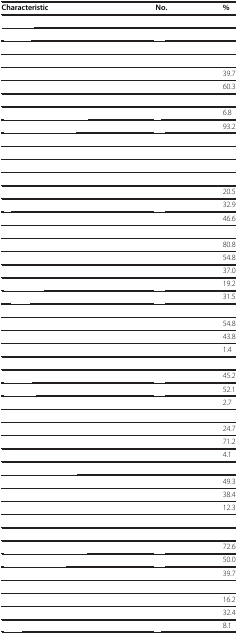
<table><thead><tr><td><b>Characteristic</b></td><td><b>No.</b></td><td><b>%</b></td></tr></thead><tbody><tr><td>[EMPTY_CELL]</td><td>[EMPTY_CELL]</td><td>[EMPTY_CELL]</td></tr><tr><td>[EMPTY_CELL]</td><td>[EMPTY_CELL]</td><td>[EMPTY_CELL]</td></tr><tr><td>[EMPTY_CELL]</td><td>[EMPTY_CELL]</td><td>[EMPTY_CELL]</td></tr><tr><td>[EMPTY_CELL]</td><td>[EMPTY_CELL]</td><td>[EMPTY_CELL]</td></tr><tr><td>[EMPTY_CELL]</td><td>[EMPTY_CELL]</td><td>39.7</td></tr><tr><td>[EMPTY_CELL]</td><td>[EMPTY_CELL]</td><td>60.3</td></tr><tr><td>[EMPTY_CELL]</td><td>[EMPTY_CELL]</td><td>[EMPTY_CELL]</td></tr><tr><td>[EMPTY_CELL]</td><td>[EMPTY_CELL]</td><td>6.8</td></tr><tr><td>[EMPTY_CELL]</td><td>[EMPTY_CELL]</td><td>93.2</td></tr><tr><td>[EMPTY_CELL]</td><td>[EMPTY_CELL]</td><td>[EMPTY_CELL]</td></tr><tr><td>[EMPTY_CELL]</td><td>[EMPTY_CELL]</td><td>[EMPTY_CELL]</td></tr><tr><td>[EMPTY_CELL]</td><td>[EMPTY_CELL]</td><td>[EMPTY_CELL]</td></tr><tr><td>[EMPTY_CELL]</td><td>[EMPTY_CELL]</td><td>[EMPTY_CELL]</td></tr><tr><td>[EMPTY_CELL]</td><td>[EMPTY_CELL]</td><td>20.5</td></tr><tr><td>[EMPTY_CELL]</td><td>[EMPTY_CELL]</td><td>32.9</td></tr><tr><td>[EMPTY_CELL]</td><td>[EMPTY_CELL]</td><td>46.6</td></tr><tr><td>[EMPTY_CELL]</td><td>[EMPTY_CELL]</td><td>[EMPTY_CELL]</td></tr><tr><td>[EMPTY_CELL]</td><td>[EMPTY_CELL]</td><td>80.8</td></tr><tr><td>[EMPTY_CELL]</td><td>[EMPTY_CELL]</td><td>54.8</td></tr><tr><td>[EMPTY_CELL]</td><td>[EMPTY_CELL]</td><td>37.0</td></tr><tr><td>[EMPTY_CELL]</td><td>[EMPTY_CELL]</td><td>19.2</td></tr><tr><td>[EMPTY_CELL]</td><td>[EMPTY_CELL]</td><td>31.5</td></tr><tr><td>[EMPTY_CELL]</td><td>[EMPTY_CELL]</td><td>[EMPTY_CELL]</td></tr><tr><td>[EMPTY_CELL]</td><td>[EMPTY_CELL]</td><td>54.8</td></tr><tr><td>[EMPTY_CELL]</td><td>[EMPTY_CELL]</td><td>43.8</td></tr><tr><td>[EMPTY_CELL]</td><td>[EMPTY_CELL]</td><td>1.4</td></tr><tr><td>[EMPTY_CELL]</td><td>[EMPTY_CELL]</td><td>[EMPTY_CELL]</td></tr><tr><td>[EMPTY_CELL]</td><td>[EMPTY_CELL]</td><td>45.2</td></tr><tr><td>[EMPTY_CELL]</td><td>[EMPTY_CELL]</td><td>52.1</td></tr><tr><td>[EMPTY_CELL]</td><td>[EMPTY_CELL]</td><td>2.7</td></tr><tr><td>[EMPTY_CELL]</td><td>[EMPTY_CELL]</td><td>[EMPTY_CELL]</td></tr><tr><td>[EMPTY_CELL]</td><td>[EMPTY_CELL]</td><td>24.7</td></tr><tr><td>[EMPTY_CELL]</td><td>[EMPTY_CELL]</td><td>71.2</td></tr><tr><td>[EMPTY_CELL]</td><td>[EMPTY_CELL]</td><td>4.1</td></tr><tr><td>[EMPTY_CELL]</td><td>[EMPTY_CELL]</td><td>[EMPTY_CELL]</td></tr><tr><td>[EMPTY_CELL]</td><td>[EMPTY_CELL]</td><td>49.3</td></tr><tr><td>[EMPTY_CELL]</td><td>[EMPTY_CELL]</td><td>38.4</td></tr><tr><td>[EMPTY_CELL]</td><td>[EMPTY_CELL]</td><td>12.3</td></tr><tr><td>[EMPTY_CELL]</td><td>[EMPTY_CELL]</td><td>[EMPTY_CELL]</td></tr><tr><td>[EMPTY_CELL]</td><td>[EMPTY_CELL]</td><td>[EMPTY_CELL]</td></tr><tr><td>[EMPTY_CELL]</td><td>[EMPTY_CELL]</td><td>72.6</td></tr><tr><td>[EMPTY_CELL]</td><td>[EMPTY_CELL]</td><td>50.0</td></tr><tr><td>[EMPTY_CELL]</td><td>[EMPTY_CELL]</td><td>39.7</td></tr><tr><td>[EMPTY_CELL]</td><td>[EMPTY_CELL]</td><td>[EMPTY_CELL]</td></tr><tr><td>[EMPTY_CELL]</td><td>[EMPTY_CELL]</td><td>16.2</td></tr><tr><td>[EMPTY_CELL]</td><td>[EMPTY_CELL]</td><td>32.4</td></tr><tr><td>[EMPTY_CELL]</td><td>[EMPTY_CELL]</td><td>8.1</td></tr></tbody></table>